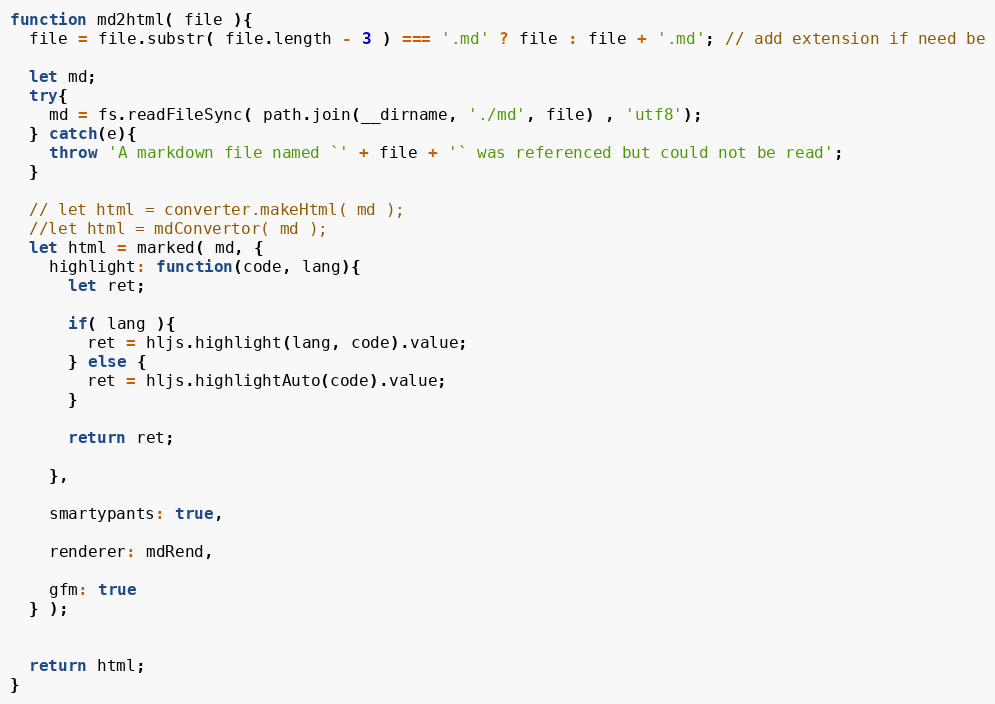
Language: JavaScript
function md2html( file ){
  file = file.substr( file.length - 3 ) === '.md' ? file : file + '.md'; // add extension if need be

  let md;
  try{
    md = fs.readFileSync( path.join(__dirname, './md', file) , 'utf8');
  } catch(e){
    throw 'A markdown file named `' + file + '` was referenced but could not be read';
  }

  // let html = converter.makeHtml( md );
  //let html = mdConvertor( md );
  let html = marked( md, {
    highlight: function(code, lang){
      let ret;

      if( lang ){
        ret = hljs.highlight(lang, code).value;
      } else {
        ret = hljs.highlightAuto(code).value;
      }

      return ret;

    },

    smartypants: true,

    renderer: mdRend,

    gfm: true
  } );

  return html;
}